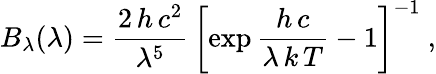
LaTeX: B_{\lambda}(\lambda)=\frac{2\, h\, c^{2}}{\lambda^{5}}\, \left[\exp\frac{h\, c}{\lambda\, k\, T}-1\right]^{-1}~,